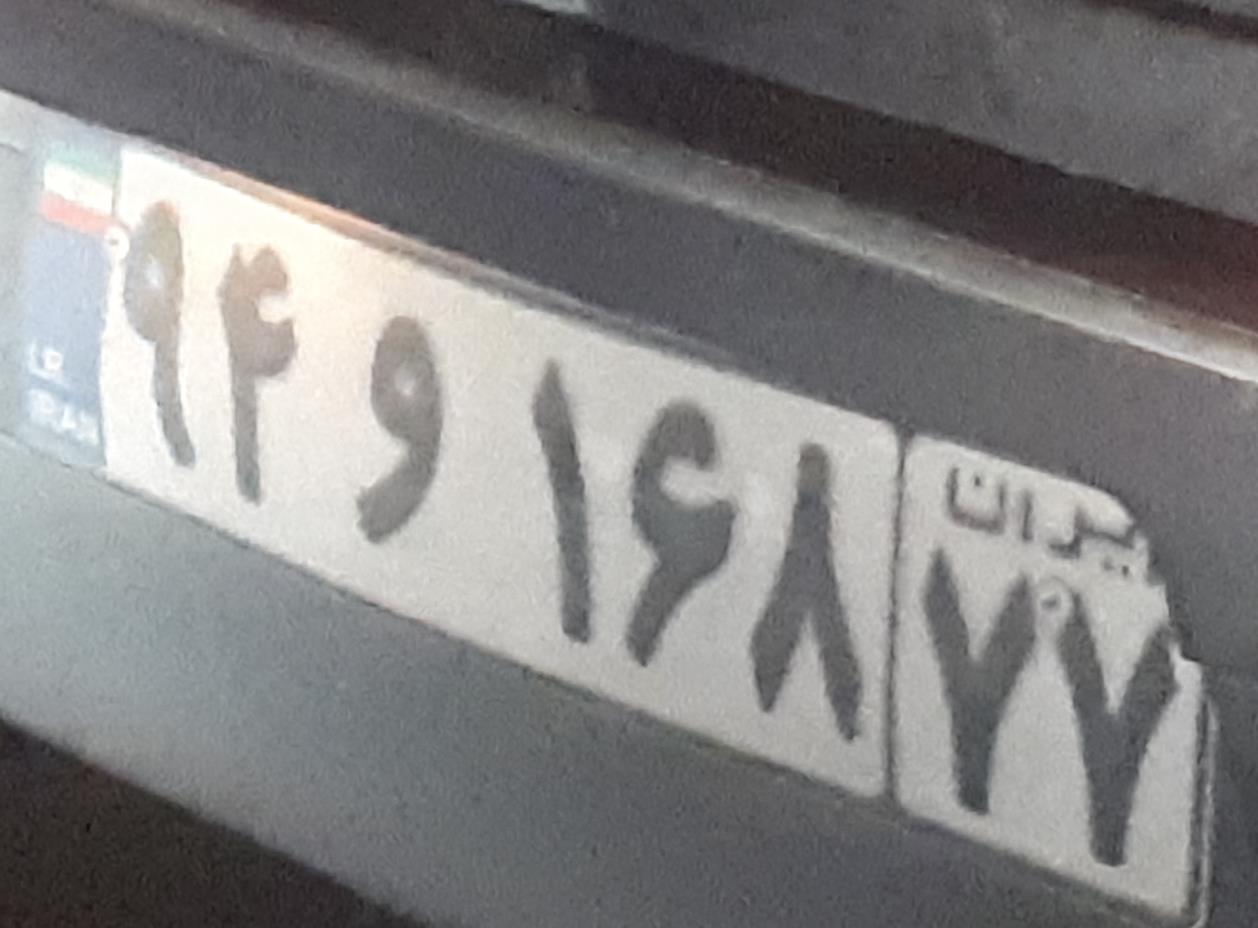
۹۴و۱۶۸۷۷